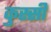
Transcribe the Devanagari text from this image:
कुस्सी